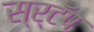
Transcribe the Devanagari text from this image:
स्र्टॅप